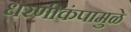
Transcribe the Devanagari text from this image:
धरणीकंपामुळे